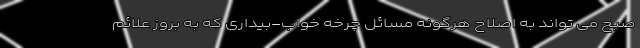
صبح می تواند به اصلاح هرگونه مسائل چرخه خواب-بیداری که به بروز علائم